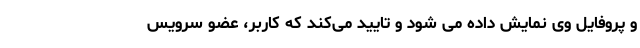
و پروفایل وی نمایش داده می شود و تایید می‌کند که کاربر، عضو سرویس